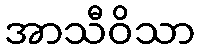
အာသီဝိသာ